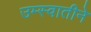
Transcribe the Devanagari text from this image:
उम्स्वातीने